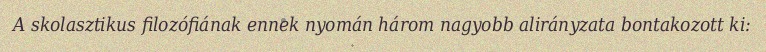
A skolasztikus filozófiának ennek nyomán három nagyobb alirányzata bontakozott ki: